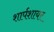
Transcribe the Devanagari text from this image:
शार्पशायर